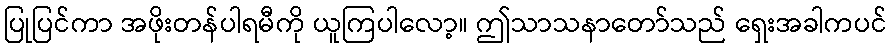
ပြုပြင်ကာ အဖိုးတန်ပါရမီကို ယူကြပါလော့။ ဤသာသနာတော်သည် ရှေးအခါကပင်